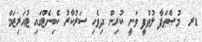
ޑރ  މުޞްޠަފާ ލުޠުފީ ވަނީ ކުރިން ދިވެހި ސަރުކާރު ކެބިނެޓްގައި ޓުއަރިޒަމް